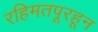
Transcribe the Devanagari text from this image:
रहिमतपूरहून